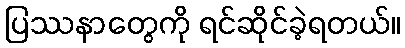
ပြဿနာတွေကို ရင်ဆိုင်ခဲ့ရတယ်။